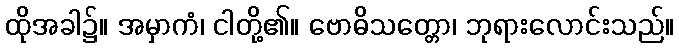
ထိုအခါ၌။ အမှာကံ၊ ငါတို့၏။ ဗောဓိသတ္တော၊ ဘုရားလောင်းသည်။